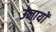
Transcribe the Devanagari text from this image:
उनायों